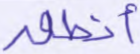
أنطق